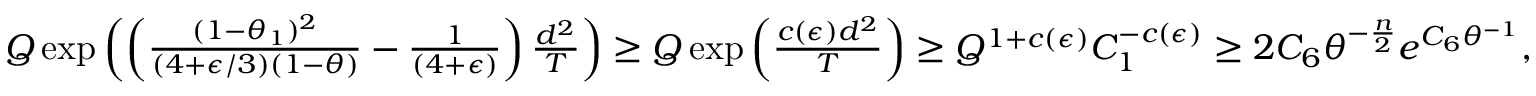
\begin{array} { r } { Q \exp \left( \left( \frac { ( 1 - \theta _ { 1 } ) ^ { 2 } } { ( 4 + \epsilon / 3 ) ( 1 - \theta ) } - \frac { 1 } { ( 4 + \epsilon ) } \right) \frac { d ^ { 2 } } { T } \right) \ge Q \exp \left( \frac { c ( \epsilon ) d ^ { 2 } } { T } \right) \ge Q ^ { 1 + c ( \epsilon ) } C _ { 1 } ^ { - c ( \epsilon ) } \ge 2 C _ { 6 } \theta ^ { - \frac n 2 } e ^ { C _ { 6 } \theta ^ { - 1 } } , } \end{array}